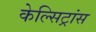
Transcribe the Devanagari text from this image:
केल्सिट्रांस